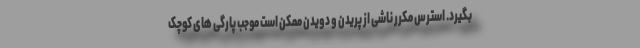
بگیرد. استرس مکرر ناشی از پریدن و دویدن ممکن است موجب پارگی های کوچک